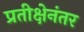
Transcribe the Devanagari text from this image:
प्रतीक्षेनंतर